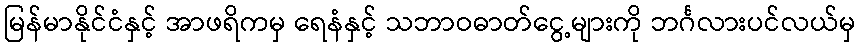
မြန်မာနိုင်ငံနှင့် အာဖရိကမှ ရေနံနှင့် သဘာဝဓာတ်ငွေ့များကို ဘင်္ဂလားပင်လယ်မှ